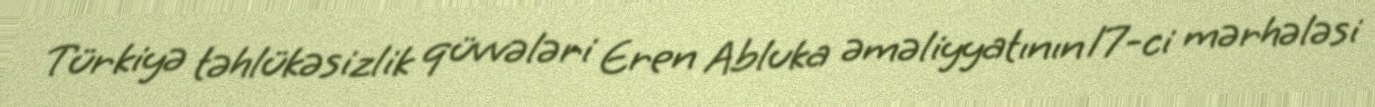
Türkiyə təhlükəsizlik qüvvələri Eren Abluka əməliyyatının 17-ci mərhələsi